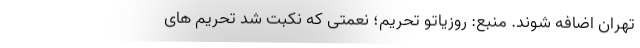
تهران اضافه شوند. منبع: روزیاتو تحریم؛ نعمتی که نکبت شد تحریم های